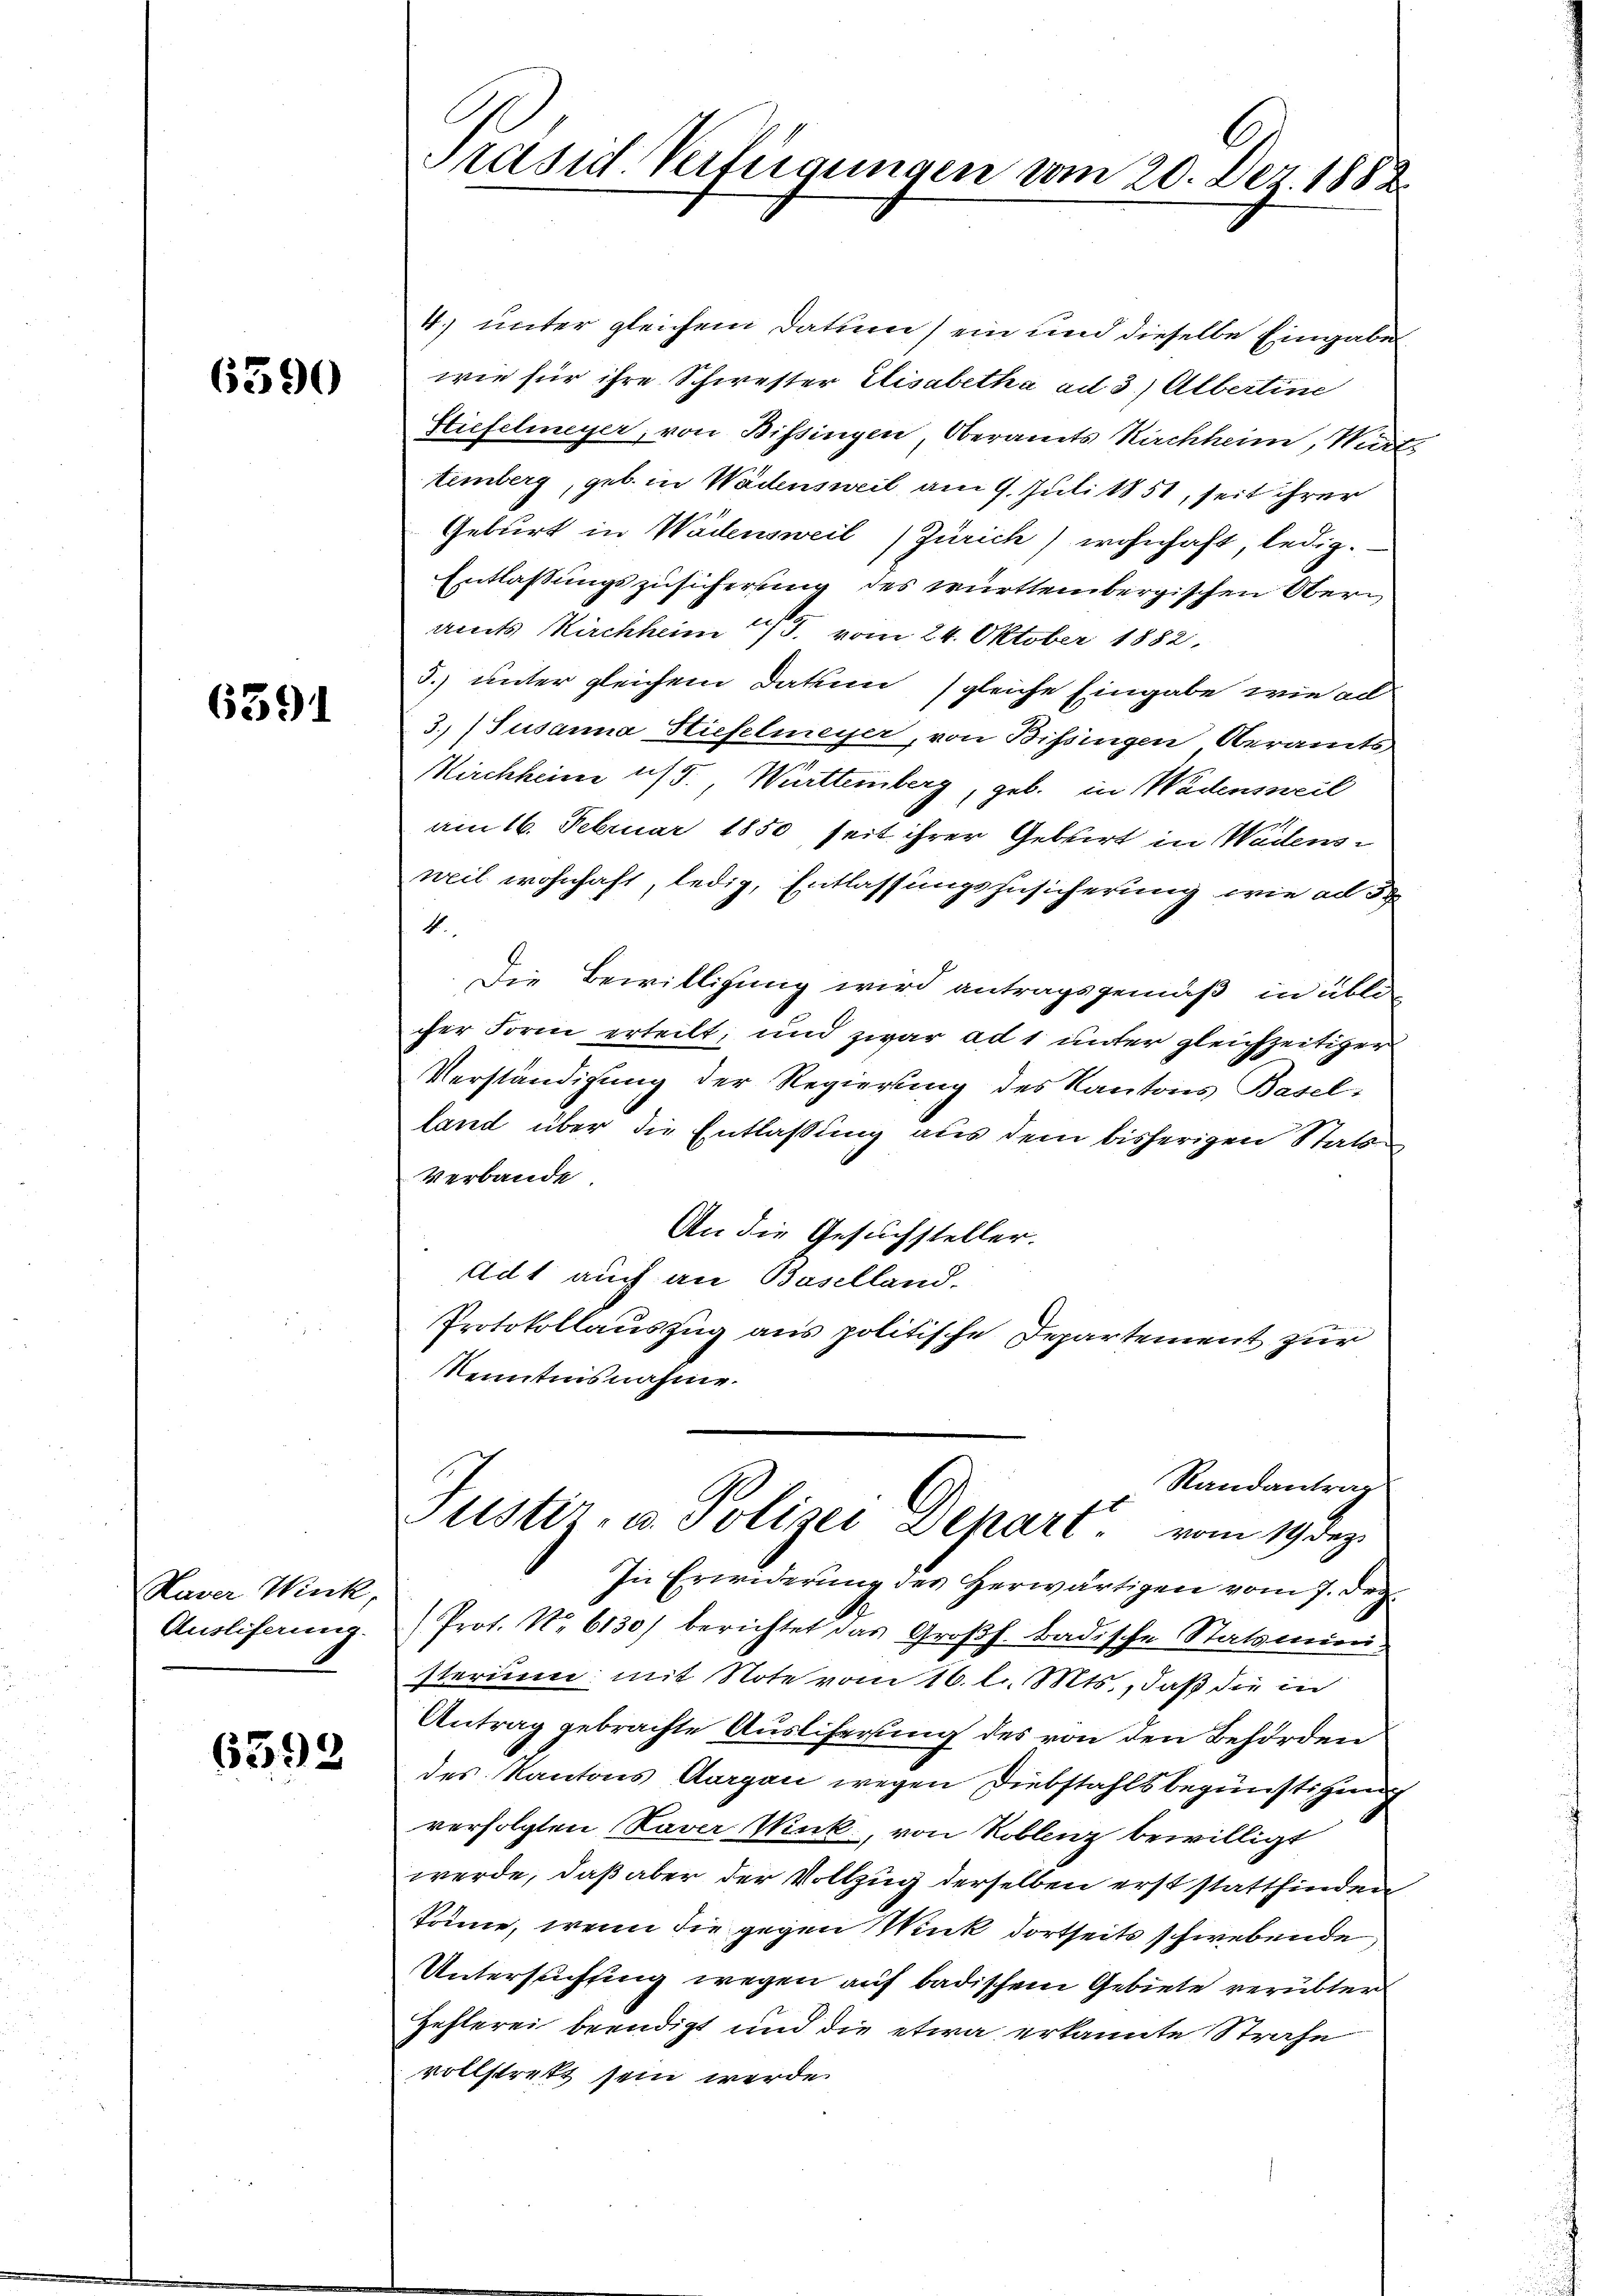
6390

6391

Kaver Wink,
Ausliferung.

6392

Präsid Verfügungen vom 20. Dez. 1888.

4.) unter gleichem Datum) ein und dieselbe Eingabe
wie für ihre Schwester Elisabetha ad 3.) Albertine
Stiefelmeyer, von Bissingen, Oberamts Kirchheim, Würt
temberg, geb. in Wädensweil am 9. Juli 1851, seit ihrer
Geburt in Wädensweil Zürich) wohnhaft, ledig¬
Entlassungszusicherung des württembergischen Oberamts Kirchheim 15. vom 24. Oktober 1882.
5. unter gleichem Datum gleiche Eingabe wie ad
3) (Susanna Stiefelmeyer, von Bissingen Oberamts
Kirchheim uf 5. Württemberg, geb. in Wädensweil
am 16. Februar 1850, seit ihrer Gebirt in Wädensweil wohnhaft, ledig, Entlassungszusicherung wie ad 3
k
Die Bewilligung wird antragsgemäß in übli
cher Form erteilt, und zwar ad 1 unter gleichzeitiger
Verständigung der Regierung des Kantons Basel-
land über die Entlassung aus dem bisherigen Statt¬
Verbande
An die Gesuchsteller.
Adt auch an Baselland.
Protokollauszug aus politische Departement zur
Kenntnisnahme.
Randantrag
Justiz- u. Polizei Depart vom 19. dez.
In Erwiderung des Herwärtigen vom 7. Dez.
(Prot. No 6130) berichtet das Großh. Badische Statsministerium mit Note vom 16. l. Mts., daß die in
Antrag gebrachte Ausliferung des von den Behörden
des Kantons Aargau wegen Diebstahls begünstigung
verfolgten Laver Wick, von Roblenz bewilligt
werde, daß aber der Vollzug derselben erst stattfinden
könne, wenn die gegen Wick dortseits schwebende
Untersuchung wegen auf badischem Gebiete verübter
Hehlerei beendigt und die etwa erkannte Strafe
vollstrett sein werde.